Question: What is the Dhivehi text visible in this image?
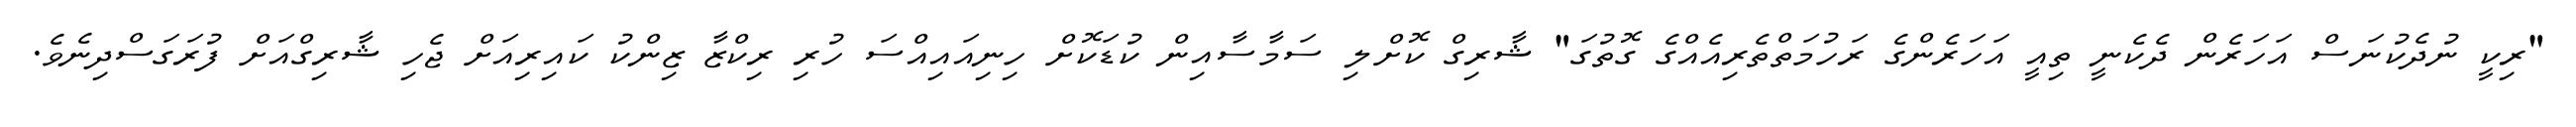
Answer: "ރިކީ ނުދެކުނަސް އަހަރެން ދެކެނީ ތިއީ އަހަރެންގެ ރަހުމަތްތެރިއެއްގެ ގޮތުގަ" ޝާރިގް ކޮށްލި ސަމާސާއިން ކުޑަކޮށް ހިނިއައިއްސަ ހުރި ރިކްޒާ ޒިންކު ކައިރިއަށް ޖެހި ޝާރިގްއަށް ފުރަގަސްދިނެވެ.